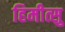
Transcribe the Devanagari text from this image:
हिमीत्सु